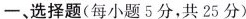
一、选择题(每小题5分，共25分)